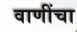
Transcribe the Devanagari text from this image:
वाणींचा